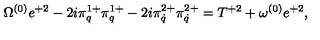
\Omega ^ { ( 0 ) } e ^ { + 2 } - 2 i \pi _ { q } ^ { 1 + } \pi _ { q } ^ { 1 + } - 2 i \pi _ { \dot { q } } ^ { 2 + } \pi _ { \dot { q } } ^ { 2 + } = T ^ { + 2 } + \omega ^ { ( 0 ) } e ^ { + 2 } ,